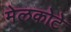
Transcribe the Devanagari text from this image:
मेलकोटे